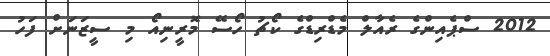
2012 ސްޕެއިންގެ ރެއާލް މެޑްރިޑްގެ ކޯޗު ހޯސޭ މޮރީނިއޯ މި ސީޒަނަށް ފަހު